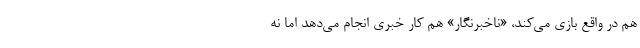
هم در واقع بازی می‌کند، «ناخبرنگار» هم کار خبری انجام می‌دهد اما نه